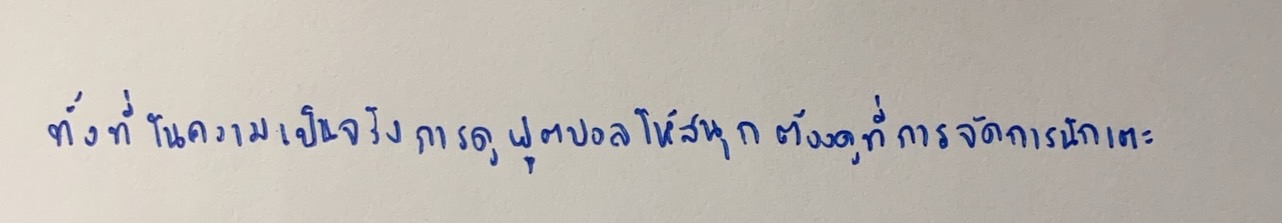
ทั้งที่ในความเป็นจริงการดูฟุตบอลให้สนุกต้องดูที่การจัดการนักเตะ